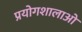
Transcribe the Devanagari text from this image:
प्रयोगशालाओ